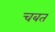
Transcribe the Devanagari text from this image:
चबत